Civil Veterinary Department. Madras. Admin. report 1926-33 - 1926-1933
Year: 1926
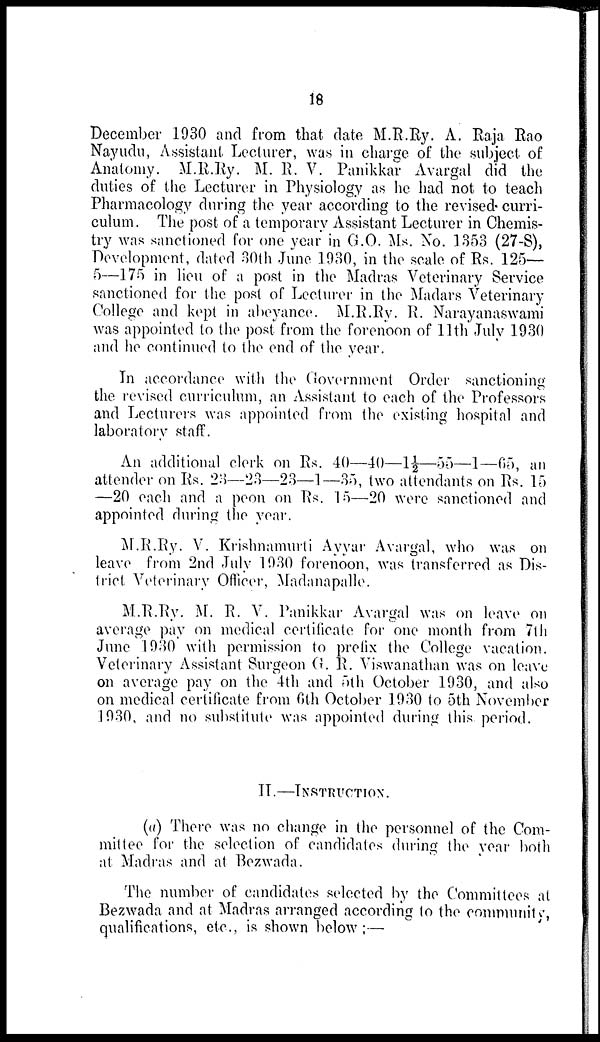
18
December 1930 and from that date M.R.Ry. A. Raja Rao
Nayudu, Assistant Lecturer, was in charge of the subject of
Anatomy. M.R.Ry. M. R. V. Panikkar Avargal did the
duties of the Lecturer in Physiology as he had not to teach
Pharmacology during the year according to the revised curri-
culum. The post of a temporary Assistant Lecturer in Chemis-
try was sanctioned for one year in G.O. Ms. No. 1353 (27-S),
Development, dated 30th June 1930, in the scale of Rs. 125—
5—175 in lieu of a post in the Madras Veterinary Service
sanctioned for the post of Lecturer in the Madars Veterinary
College and kept in abeyance. M.R.Ry. R. Narayanaswami
was appointed to the post from the forenoon of 11th July 1930
and he continued to the end of the year.
In accordance with the Government Order sanctioning
the revised curriculum, an Assistant to each of the Professors
and Lecturers was appointed from the existing hospital and
laboratory staff.
An additional clerk on Rs. 40—40—1½—55—1—65, an
attender on Rs. 23—23—23—1—35, two attendants on Rs. 15
—20 each and a peon on Rs. 15—20 were sanctioned and
appointed during the year.
M.R.Ry. V. Krishnamurti Ayyar Avargal, who was on
leave from 2nd July 1930 forenoon, was transferred as Dis-
trict Veterinary Officer, Madanapalle.
M.R.Ry. M. R. V. Panikkar Avargal was on leave on
average pay on medical certificate for one month from 7th
June 1930 with permission to prefix the College vacation.
Veterinary Assistant Surgeon G. R. Viswanathan was on leave
on average pay on the 4th and 5th October 1930, and also
on medical certificate from 6th October 1930 to 5th November
1930, and no substitute was appointed during this period.
II.—INSTRUCTION.
(a) There was no change in the personnel of the Com-
mittee for the selection of candidates during the year both
at Madras and at Bezwada.
The number of candidates selected by the Committees at
Bezwada and at Madras arranged according to the community,
qualifications, etc., is shown below :—